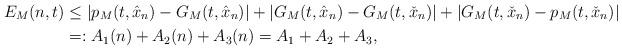
LaTeX: \begin{align*} E_M(n,t)&\leq |p_M(t,\hat x_n)-G_M(t,\hat x_n)|+|G_M(t,\hat x_n)-G_M(t,\check x_n)|+|G_M(t,\check x_n)- p_M(t,\check x_n)|\\&=:A_1(n)+A_2(n)+A_3(n)=A_1+A_2+A_3,\end{align*}